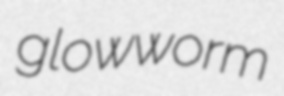
glowworm